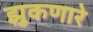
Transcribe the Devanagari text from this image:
झुकणारे